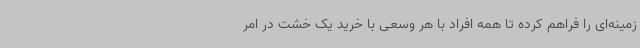
زمینه‌ای را فراهم کرده تا همه افراد با هر وسعی با خرید یک خشت در امر